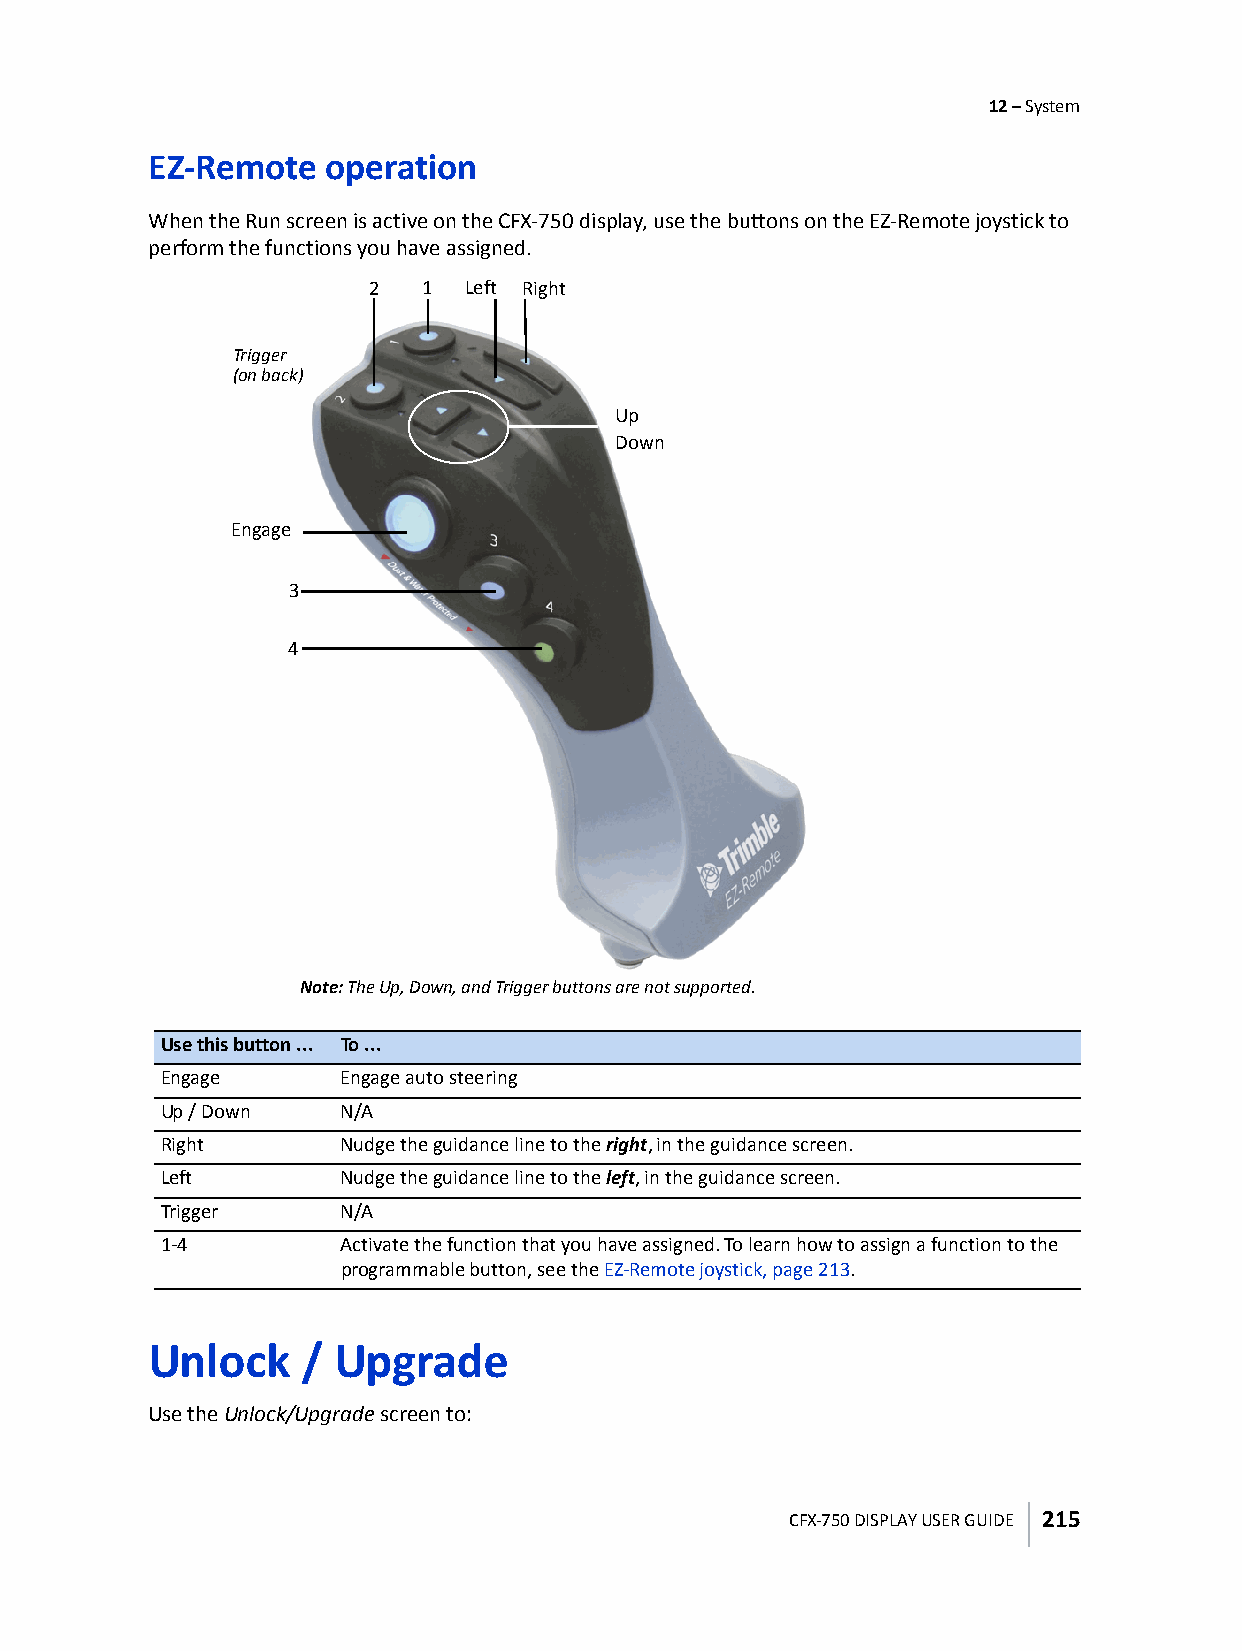
12 – System
 EZ-Remote   operation
 When the Run screen is active on the CFX-750 display, use the buttons on the EZ-Remote joystick to
 perform the functions you have assigned.
 2  1  Left Right
 Trigger
 (on back)
 Up
 Down
 Engage
 3
 4
 Note: The Up, Down, and Trigger buttons are not supported.
 Use this button ... To ...
 Engage      Engage auto steering
 Up / Down   N/A
 Right       Nudge the guidance line to the right, in the guidance screen.
 Left        Nudge the guidance line to the left, in the guidance screen.
 Trigger     N/A
 1-4         Activate the function that you have assigned. To learn how to assign a function to the
 programmable button, see the EZ-Remote joystick, page213.
 Unlock    / Upgrade
 Use the Unlock/Upgrade screen to:
 CFX-750 DISPLAY USER GUIDE 215